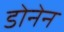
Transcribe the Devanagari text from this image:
डोनेन